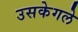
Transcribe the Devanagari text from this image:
उसकेगले